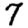
Digit: 7